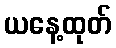
ယနေ့ထုတ်